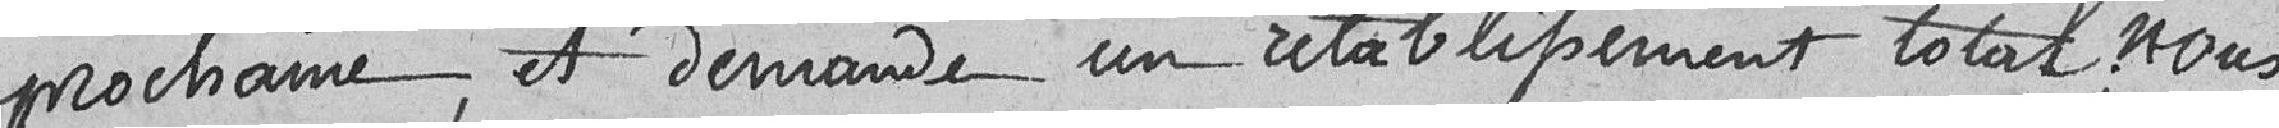
prochaine, et demande un rétablissement total. Nous